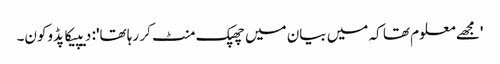
'مجھے معلوم تھا کہ میں بیان میں چھپک منٹ کر رہا تھا': دیپیکا پڈوکون۔